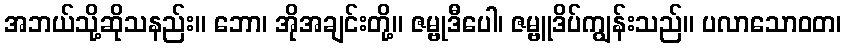
အဘယ်သို့ဆိုသနည်း။ ဘော၊ အိုအချင်းတို့။ ဇမ္ဗုဒီပေါ၊ ဇမ္ဗူဒိပ်ကျွန်းသည်။ ပလာသောဝတ၊